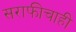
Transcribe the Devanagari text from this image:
सराफीचाही